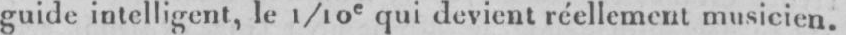
guide intelligent, le 1/10e qui devient réellement musicien.